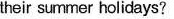
their summer holidays?